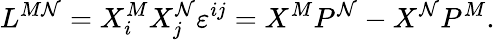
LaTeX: L^{M\mathcal{N}}=X_{i}^{M}X_{j}^{\mathcal{N}}\varepsilon^{ij}=X^{M}P^{\mathcal{N}}-X^{\mathcal{N}}P^{M}.